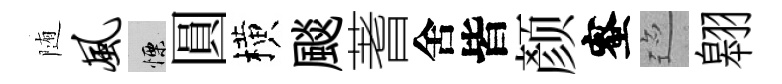
随风慄圓横颷蓍舍皆颜蜜迹翱